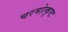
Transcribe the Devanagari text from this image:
चरमोत्कृष्ट